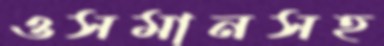
ওসমানসহ